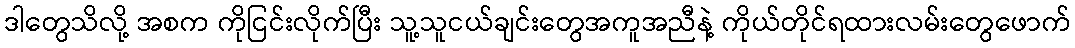
ဒါတွေသိလို့ အစက ကိုငြင်းလိုက်ပြီး သူ့သူငယ်ချင်းတွေအကူအညီနဲ့ ကိုယ်တိုင်ရထားလမ်းတွေဖောက်